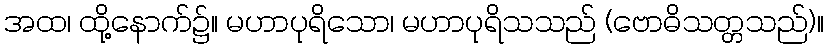
အထ၊ ထို့နောက်၌။ မဟာပုရိသော၊ မဟာပုရိသသည် (ဗောဓိသတ္တသည်)။